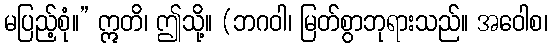
မပြည့်စုံ။” ဣတိ၊ ဤသို့။ (ဘဂဝါ၊ မြတ်စွာဘုရားသည်။ အဝေါစ၊